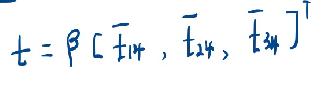
$t = \beta [ \overline{t}_{14}, \overline{t}_{24}, \overline{t}_{34} ]^{T}$